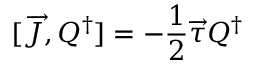
[ \overrightarrow { J } , Q ^ { \dagger } ] = - \frac { 1 } { 2 } \overrightarrow { \tau } Q ^ { \dagger }